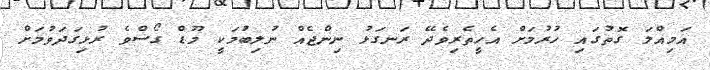
އަމިއްލަ ގޮތުގައި ހުރުމަށް އެހީތެރިވެދޭ ރަނގަޅު ނިންޖެއް ނުލިބުމަކީ މޫޑް ގޯސްވެ ރުޅިގަދަވުމަށް